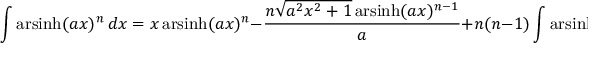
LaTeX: \int \operatorname { a r s i n h } ( a x ) ^ { n } \, d x = x \operatorname { a r s i n h } ( a x ) ^ { n } - { \frac { n { \sqrt { a ^ { 2 } x ^ { 2 } + 1 } } \operatorname { a r s i n h } ( a x ) ^ { n - 1 } } { a } } + n ( n - 1 ) \int \operatorname { a r s i n h } ( a x ) ^ { n - 2 } \, d x